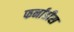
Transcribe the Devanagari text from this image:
फर्नाडीस